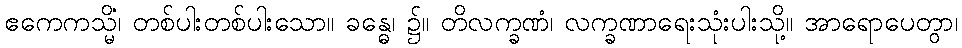
ဧကေကသ္မိံ၊ တစ်ပါးတစ်ပါးသော။ ခန္ဓေ၊ ၌။ တိလက္ခဏံ၊ လက္ခဏာရေးသုံးပါးသို့။ အာရောပေတွာ၊